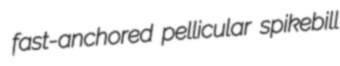
fast-anchored pellicular spikebill